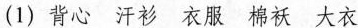
(1)背心汗衫衣服棉袄大衣